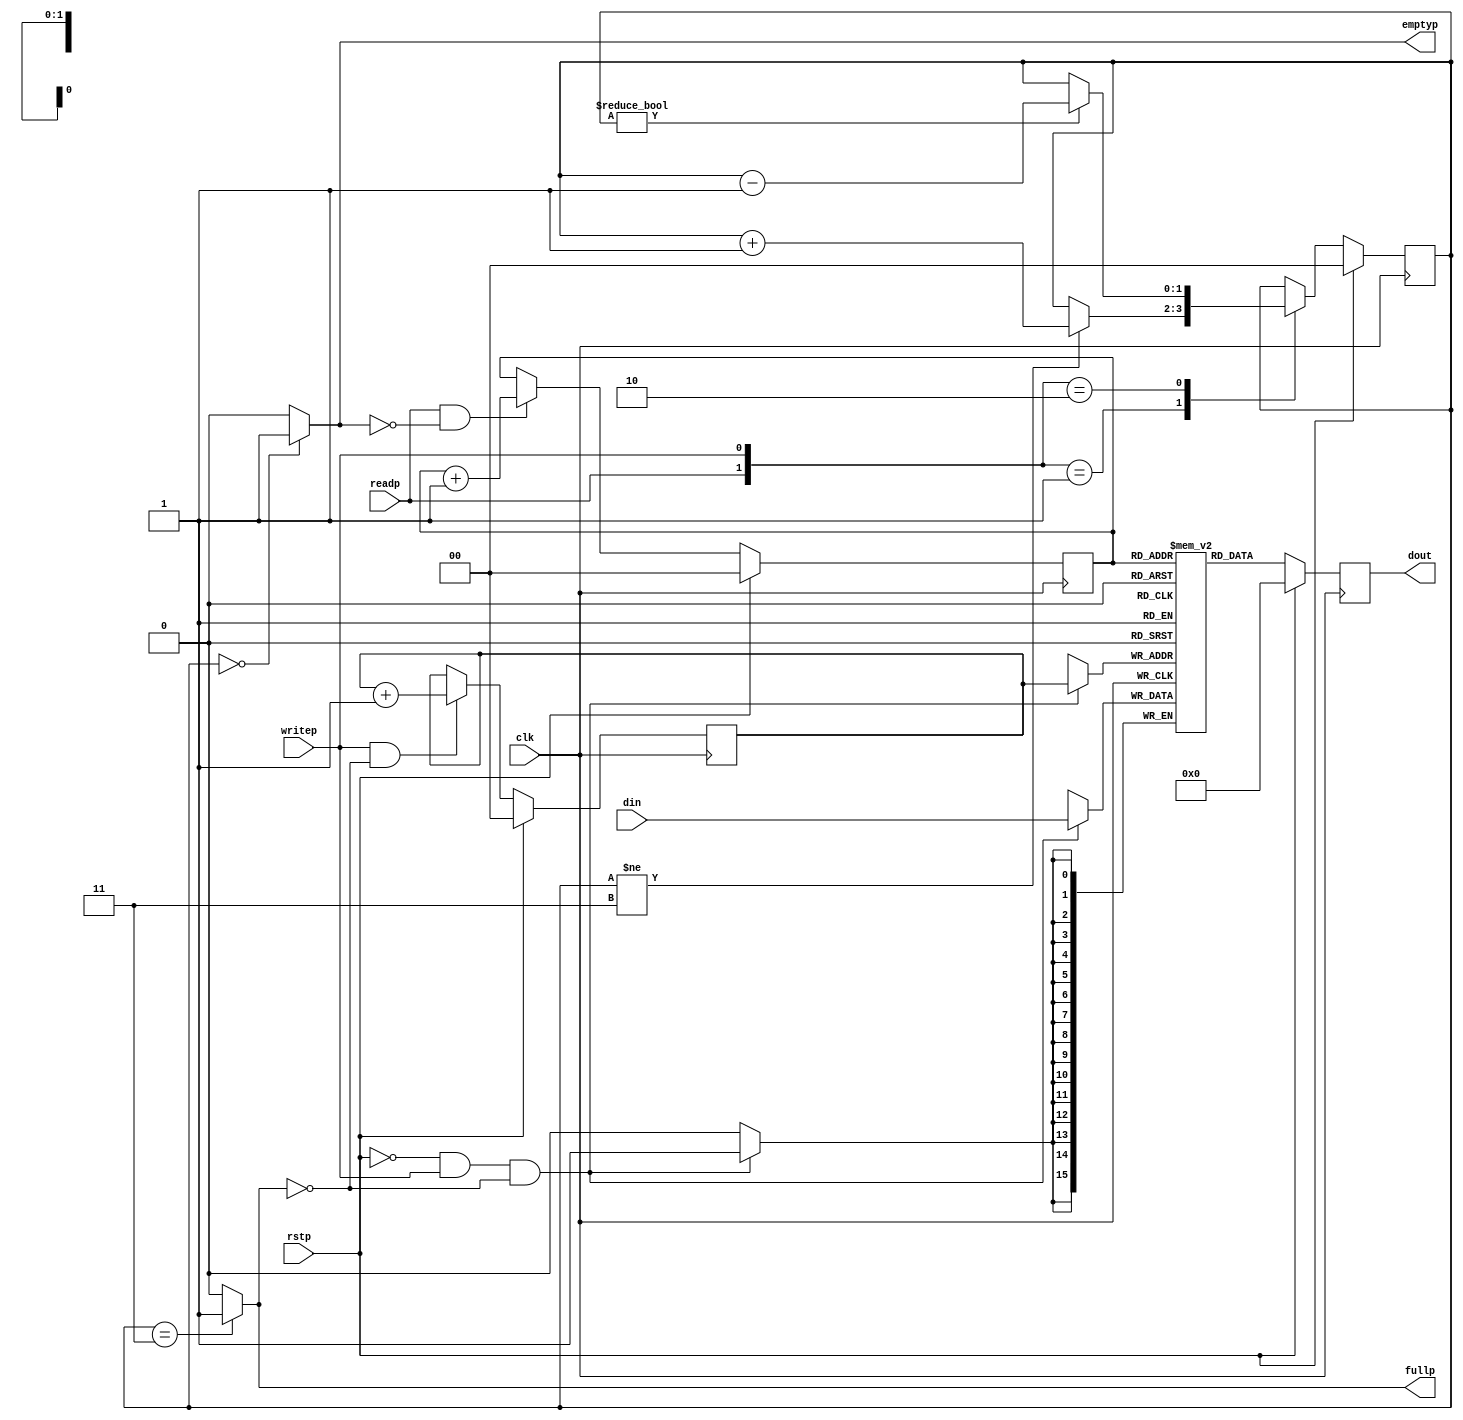
// Synchronous FIFO.  4 x 16 bit words.
//
module fifo (clk, rstp, din, writep, readp, dout, emptyp, fullp);
input		clk;
input		rstp;
input [15:0]	din;
input		readp;
input		writep;
output [15:0]	dout;
output		emptyp;
output		fullp;

// Defines sizes in terms of bits.
//
parameter	DEPTH = 2,		// 2 bits, e.g. 4 words in the FIFO.
		MAX_COUNT = 2'b11;	// topmost address in FIFO.

reg 		emptyp;
reg		fullp;

// Registered output.
reg [15:0]	dout;

// Define the FIFO pointers.  A FIFO is essentially a circular queue.
//
reg [(DEPTH-1):0]	tail;
reg [(DEPTH-1):0]	head;

// Define the FIFO counter.  Counts the number of entries in the FIFO which
// is how we figure out things like Empty and Full.
//
reg [(DEPTH-1):0]	count;

// Define our regsiter bank.  This is actually synthesizable!
//
reg [15:0] fifomem[0:MAX_COUNT];

// Dout is registered and gets the value that tail points to RIGHT NOW.
//
always @(posedge clk) begin
   if (rstp == 1) begin
      dout <= 16'h0000;
   end
   else begin
      dout <= fifomem[tail];
   end
end 
     
// Update FIFO memory.
always @(posedge clk) begin
   if (rstp == 1'b0 && writep == 1'b1 && fullp == 1'b0) begin
      fifomem[head] <= din;
   end
end
                  
// Update the head register.
//
always @(posedge clk) begin
   if (rstp == 1'b1) begin
      head <= 2'b00;
   end
   else begin
      if (writep == 1'b1 && fullp == 1'b0) begin
         // WRITE
         head <= head + 1;
      end
   end
end

// Update the tail register.
//
always @(posedge clk) begin
   if (rstp == 1'b1) begin
      tail <= 2'b00;
   end
   else begin
      if (readp == 1'b1 && emptyp == 1'b0) begin
         // READ               
         tail <= tail + 1;
      end
   end
end

// Update the count regsiter.
//
always @(posedge clk) begin
   if (rstp == 1'b1) begin
      count <= 2'b00;
   end
   else begin
      case ({readp, writep})
         2'b00: count <= count;
         2'b01: 
            // WRITE
            if (count != MAX_COUNT) 
               count <= count + 1;
         2'b10: 
            // READ
            if (count != 2'b00)
               count <= count - 1;
         2'b11:
            // Concurrent read and write.. no change in count
            count <= count;
      endcase
   end
end

         
// *** Update the flags
//
// First, update the empty flag.
//
always @(count) begin
   if (count == 2'b00)
      emptyp <= 1'b1;
   else
      emptyp <= 1'b0;
end


// Update the full flag
//
always @(count) begin
   if (count == MAX_COUNT)
      fullp <= 1'b1;
   else
      fullp <= 1'b0;
end

endmodule

// synopsys translate_off

`define TEST_FIFO
// synopsys translate_off
`ifdef TEST_FIFO
module test_fifo;

reg		clk;
reg		rstp;
reg [15:0]	din;
reg		readp;
reg		writep;
wire [15:0]	dout;
wire		emptyp;
wire		fullp;

reg [15:0]	value;

fifo U1 (
   .clk		(clk),
   .rstp	(rstp),
   .din		(din),
   .readp	(readp),
   .writep	(writep),
   .dout	(dout),
   .emptyp	(emptyp),
   .fullp	(fullp)
);

task read_word;
begin
   @(negedge clk);
   readp = 1;
   @(posedge clk) #5;
   $display ("Read %0h from FIFO", dout);
   readp = 0;
end
endtask
   
task write_word;
input [15:0]	value;
begin
   @(negedge clk);
   din = value;
   writep = 1;
   @(posedge clk);
   $display ("Write %0h to FIFO", din);
   #5;
   din = 16'hzzzz;
   writep = 0;
end
endtask

initial begin
   clk = 0;
   forever begin
      #10 clk = 1;
      #10 clk = 0;
   end
end

initial begin
   $shm_open ("./fifo.shm");
   $shm_probe (test_fifo, "AS");
   
   //test1;
   test2;
   
   $shm_close;
   $finish;
end

task test1;
begin
   din = 16'hzzzz;
   writep = 0;
   readp = 0;

   // Reset
   rstp = 1;
   #50;
   rstp = 0;
   #50;
   
   // ** Write 3 values.
   write_word (16'h1111);
   write_word (16'h2222);
   write_word (16'h3333);
   
   // ** Read 2 values
   read_word;
   read_word;
   
   // ** Write one more
   write_word (16'h4444);
   
   // ** Read a bunch of values
   repeat (6) begin
      read_word;
   end
   
   // *** Write a bunch more values
   write_word (16'h0001);
   write_word (16'h0002);
   write_word (16'h0003);
   write_word (16'h0004);
   write_word (16'h0005);
   write_word (16'h0006);
   write_word (16'h0007);
   write_word (16'h0008);

   // ** Read a bunch of values
   repeat (6) begin
      read_word;
   end
   
   $display ("Done TEST1.");
end
endtask

// TEST2
//
// This test will operate the FIFO in an orderly manner the way it normally works.
// 2 threads are forked; a reader and a writer.  The writer writes a counter to
// the FIFO and obeys the fullp flag and delays randomly.  The reader likewise
// obeys the emptyp flag and reads at random intervals.  The result should be that
// the reader reads the incrementing counter out of the FIFO.  The empty/full flags
// should bounce around depending on the random delays.  The writer repeats some
// fixed number of times and then terminates both threads and kills the sim.
//
task test2;
reg [15:0] writer_counter;
begin
   writer_counter = 16'h0001;
   din = 16'hzzzz;
   writep = 0;
   readp = 0;

   // Reset
   rstp = 1;
   #50;
   rstp = 0;
   #50;
   
   fork
      // Writer
      begin
         repeat (500) begin
            @(negedge clk);
            if (fullp == 1'b0) begin
               write_word (writer_counter);
               #5;
               writer_counter = writer_counter + 1;
            end
            else begin
               $display ("WRITER is waiting..");
            end
            // Delay a random amount of time between 0ns and 100ns
            #(50 + ($random % 50));
         end
         $display ("Done with WRITER fork..");
         $finish;
      end
      
      // Reader
      begin
         forever begin
            @(negedge clk);
            if (emptyp == 1'b0) begin
               read_word;
            end  
            else begin
               $display ("READER is waiting..");
            end
            // Delay a random amount of time between 0ns and 100ns
            #(50 + ($random % 50));
         end
      end
   join
end
endtask

always @(fullp)
   $display ("fullp = %0b", fullp);
   
always @(emptyp)
   $display ("emptyp = %0b", emptyp);

always @(U1.head)
   $display ("head = %0h", U1.head);

always @(U1.tail)
   $display ("tail = %0h", U1.tail);

endmodule
`endif